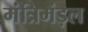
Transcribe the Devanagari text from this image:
मंत्रिमंड़ल